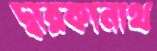
দ্বারকানাথ